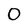
Character: O